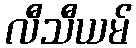
လီသီယမ်